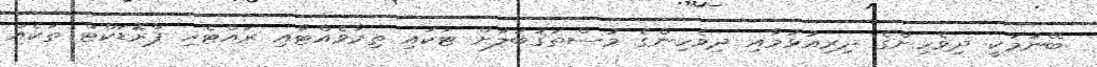
ބޭނުމަކީ ދިވެހިންގެ ދިރިއުޅުމާއި ދިވެހިންގެ މުސްތަޤުބަލަށް ޓަކައި ތިމާވެއްޓާއި ރައްޓެހި ޕްރޮޑަކްޓް ތަކެއް